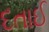
દતાઈ